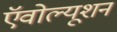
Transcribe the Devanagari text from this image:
ऍवोल्यूशन